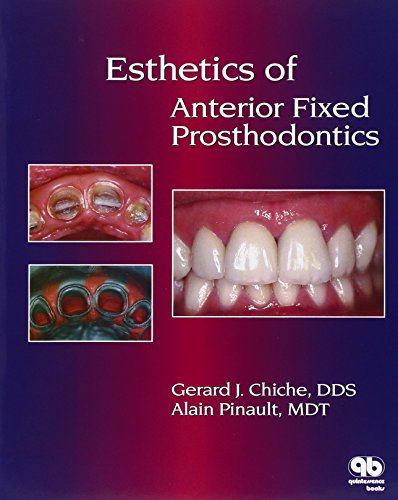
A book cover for Esthetics of Anterior Fixed Prosthodontics; Gerard J. Chiche; Medical Books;